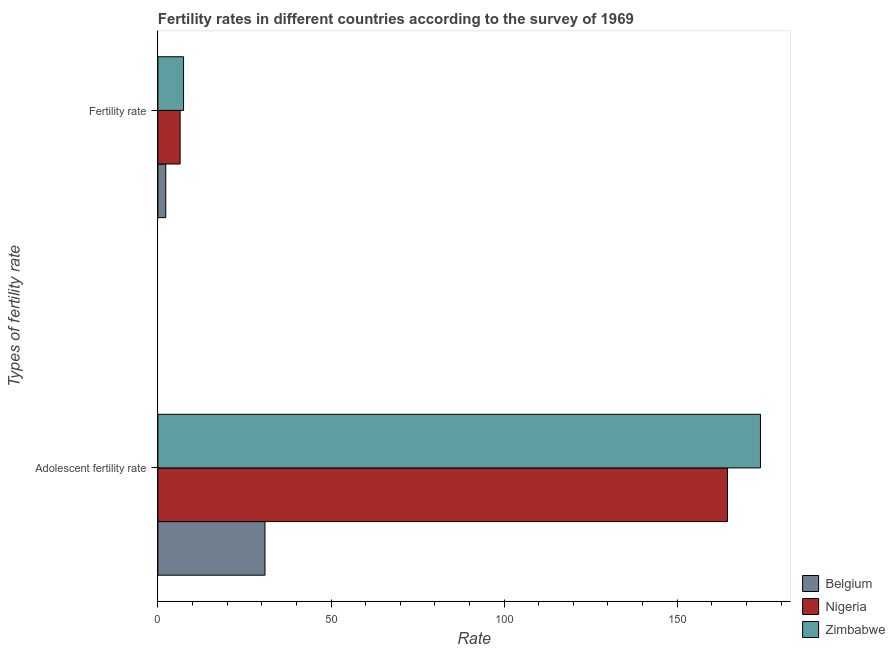
| Types of fertility rate | Belgium | Nigeria | Zimbabwe |
 | --- | --- | --- | --- |
 | Adolescent fertility rate | 30.9 | 165 | 174 |
 | Fertility rate | 2.27 | 6.42 | 7.42 |